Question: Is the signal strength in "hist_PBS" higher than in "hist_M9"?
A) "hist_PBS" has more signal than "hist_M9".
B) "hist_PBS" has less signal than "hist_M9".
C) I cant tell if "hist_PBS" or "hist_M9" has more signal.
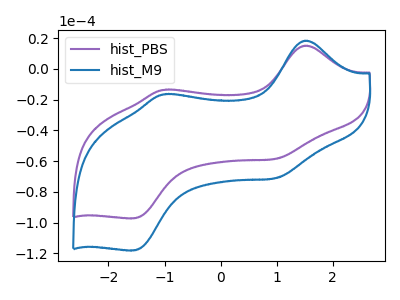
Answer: <think>The purple curve "hist_PBS" has anodic peaks at (1.50V, 15.10uA) (-1.00V, -13.65uA) and cathodic peaks at (1.00V, -58.50uA) (-1.55V, -97.15uA). The blue curve "hist_M9" has anodic peaks at (1.50V, 18.30uA) (-1.00V, -16.55uA) and cathodic peaks at (1.00V, -71.05uA) (-1.55V, -118.05uA).
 All the peaks in "hist_PBS" have a peak in "hist_M9" at the same potential.</think>
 <answer>C) I cant tell if "hist_PBS" or "hist_M9" has more signal.</answer>
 <eval>C</eval>